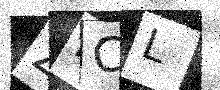
Text: ZFCL